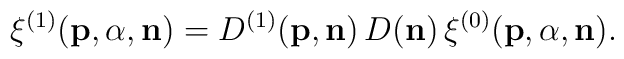
{\xi}^{(1)}({\bf p},{\alpha},{\bf n})=D^{(1)}({\bf p},{\bf n})\,D({\bf n})\,{\xi}^{(0)}({\bf p},{\alpha},{\bf n}).